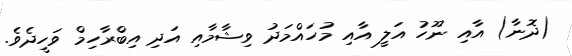
(ދޮނާ) އާއި ނޫހު އަލީ އާއި މުހައްމަދު ވިޝާމާއި އަދި އިބްރާހިމް ވަހީދެވެ.